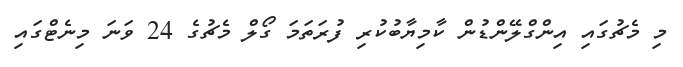
މި މެޗުގައި އިންގްލޭންޑުން ކާމިޔާބުކުރި ފުރަތަމަ ގޯލް މެޗުގެ 24 ވަނަ މިނެޓްގައި